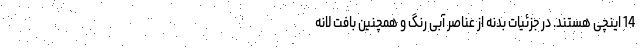
14 اینچی هستند. در جزئیات بدنه از عناصر آبی رنگ و همچنین بافت لانه